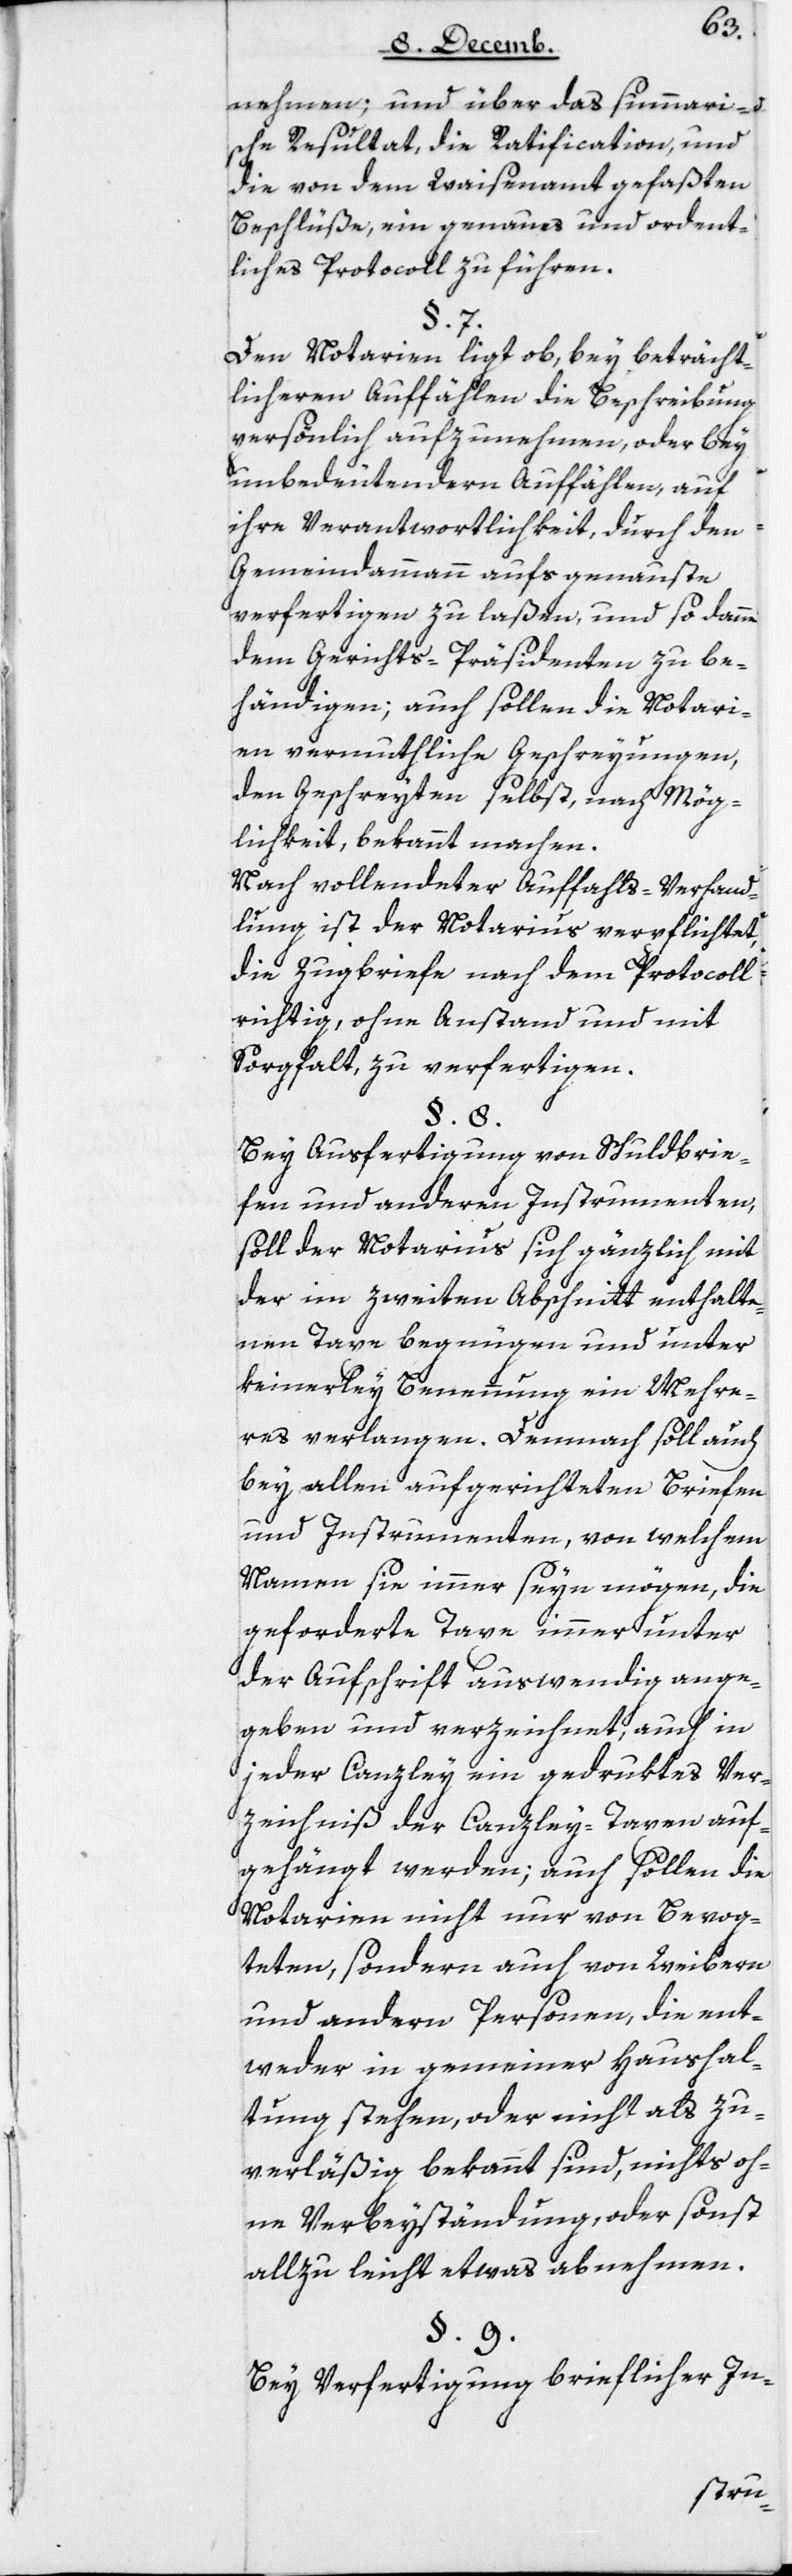
nehmen; und über das summari¬
sche Resultat, die Ratification, und
die von dem Waisenamt gefaßten
Beschlüße, ein genaues und ordent¬
liches Protocoll zu führen.
§ 7.
Den Notarien ligt ob, bey beträcht¬
licheren Auffählen die Beschreibung
persönlich aufzunehmen, oder bey
unbedeutendern Auffählen, auf
ihre Verantwortlichkeit, durch den
Gemeindammann aufs genaueste
verfertigen zu laßen, und so dann
dem Gerichts-Präsidenten zu be¬
händigen; auch sollen die Notari¬
en vermuthliche Geschreyungen,
den Geschreyten selbst, nach Mög¬
lichkeit, bekannt machen.
Nach vollendeter Auffahls-Verhand¬
lung ist der Notarius verpflichtet,
die Zugbriefe nach dem Protocoll
richtig, ohne Anstand und mit
Sorgfalt zu verfertigen.
§ 8.
Bey Ausfertigung von Schuldbrie¬
fen und anderen Instrumenten,
soll der Notarius sich gänzlich mit
der im zweiten Abschnitt enthalte¬
nen Taxe begnügen und unter
keinerley Benennung ein Mehre¬
res verlangen. Demnach soll auch
bey allen aufgerichteten Briefen
und Instrumenten, von welchem
Namen sie immer seyn mögen, die
geforderte Taxe immer unter
der Aufschrift auswendig ange¬
geben und verzeichnet, auch in
jeder Canzley ein gedruktes Ver¬
zeichniß der Canzley-Taxen auf¬
gehängt werden; auch sollen diese
Notarien nicht nur von Bevog¬
teten, sondern auch von Weibern
und andern Personen, die ent¬
weder in gemeiner Haushal¬
tung stehen, oder nicht als zu¬
verläßig bekannt sind, nichts oh¬
ne Verbeyständung, oder sonst
allzu leicht etwas abnehmen.
§ 9.
Bey Verfertigung brieflicher In-